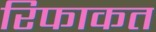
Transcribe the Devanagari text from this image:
रिफाकत